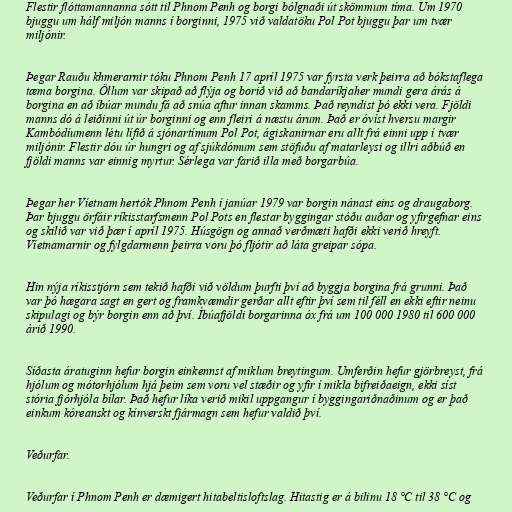
Flestir flóttamannanna sótt til Phnom Penh og borgi bólgnaði út skömmum tíma. Um 1970
bjuggu um hálf miljón manns í borginni, 1975 við valdatöku Pol Pot bjuggu þar um tvær
miljónir.

Þegar Rauðu khmerarnir tóku Phnom Penh 17 apríl 1975 var fyrsta verk þeirra að bókstaflega
tæma borgina. Öllum var skipað að flýja og borið við að bandaríkjaher mundi gera árás á
borgina en að íbúar mundu fá að snúa aftur innan skamms. Það reyndist þó ekki vera. Fjöldi
manns dó á leiðinni út úr borginni og enn fleiri á næstu árum. Það er óvíst hversu margir
Kambódíumenn létu lífið á sjónartímum Pol Pot, ágiskanirnar eru allt frá einni upp í tvær
miljónir. Flestir dóu úr hungri og af sjúkdómum sem stöfuðu af matarleysi og illri aðbúð en
fjöldi manns var einnig myrtur. Sérlega var farið illa með borgarbúa.

Þegar her Víetnam hertók Phnom Penh í janúar 1979 var borgin nánast eins og draugaborg.
Þar bjuggu örfáir ríkisstarfsmenn Pol Pots en flestar byggingar stóðu auðar og yfirgefnar eins
og skilið var við þær í apríl 1975. Húsgögn og annað verðmæti hafði ekki verið hreyft.
Víetnamarnir og fylgdarmenn þeirra voru þó fljótir að láta greipar sópa.

Hin nýja ríkisstjórn sem tekið hafði við völdum þurfti því að byggja borgina frá grunni. Það
var þó hægara sagt en gert og framkvæmdir gerðar allt eftir því sem til féll en ekki eftir neinu
skipulagi og býr borgin enn að því. Íbúafjöldi borgarinna óx frá um 100 000 1980 til 600 000
árið 1990.

Síðasta áratuginn hefur borgin einkennst af miklum breytingum. Umferðin hefur gjörbreyst, frá
hjólum og mótorhjólum hjá þeim sem voru vel stæðir og yfir í mikla bifreiðaeign, ekki síst
stória fjórhjóla bílar. Það hefur líka verið mikil uppgangur í byggingariðnaðinum og er það
einkum kóreanskt og kínverskt fjármagn sem hefur valdið því.

Veðurfar.

Veðurfar í Phnom Penh er dæmigert hitabeltisloftslag. Hitastig er á bilinu 18 °C til 38 °C og